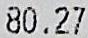
80.27